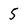
Character: 5